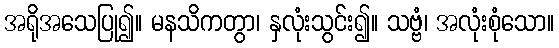
အရိုအသေပြု၍။ မနသိကတွာ၊ နှလုံးသွင်း၍။ သဗ္ဗံ၊ အလုံးစုံသော။